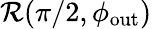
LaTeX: \mathcal{R}(\pi/2,\phi_{\mathrm{out}})